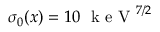
\sigma _ { 0 } ( x ) = 1 0 \; \mathrm { ~ k ~ e ~ V ~ } ^ { 7 / 2 }